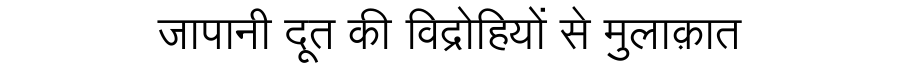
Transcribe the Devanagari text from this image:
जापानी दूत की विद्रोहियों से मुलाक़ात